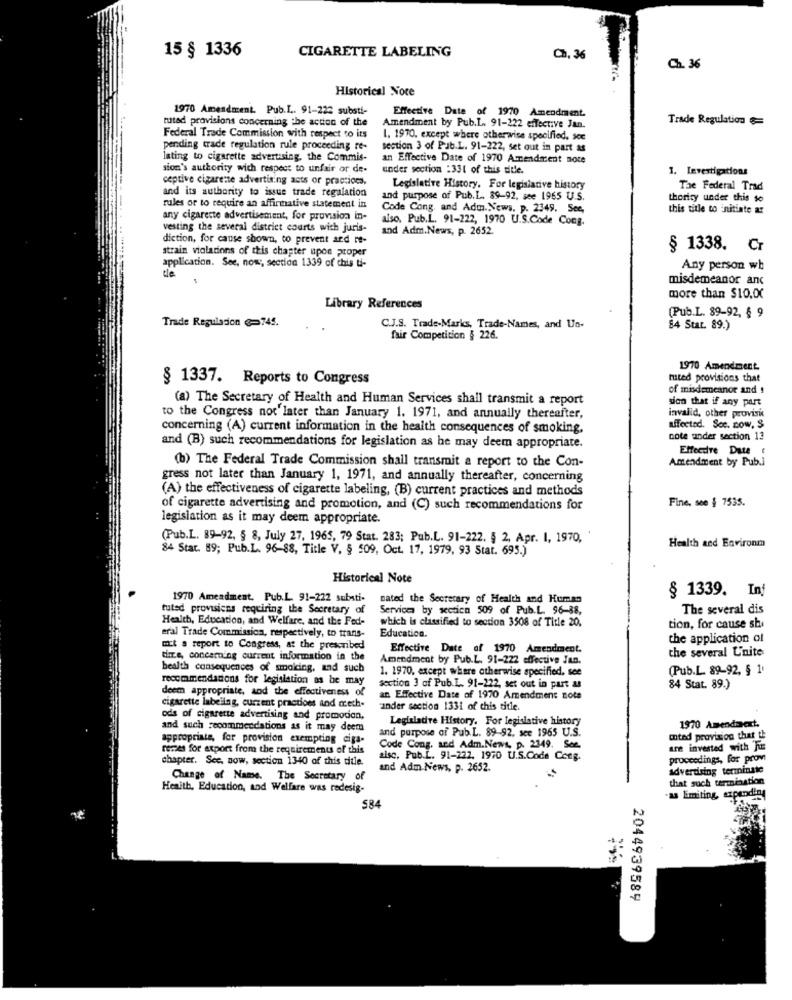
15 § 1336
CIGARETTE LABELING
Ch. 36
Ch. 36
Historical Nore
1970 Amendment. Pub.I .. 91-222 substi-
Effective Date of 1970 Amendment.
tutad provisions concerning the action of the
Trade Regulation&
Amendment by Pub.L. 91-222 effective Jan.
Federal Trade Commission with respect to its
1. 1970, except where otherwise specified, sce
pending trade regulation rule proceeding re-
section 3 of Pub.L. 91-222, set out in part as
lating to cigarette advertising, the Commis-
an Effective Date of 1970 Amendment Bote
sion's authority wich respect to unfair or de-
under section :331 of this ditle.
1. Investigations
ceptive cigarette advertising acts or practices.
and its authority to issue trade regulation
Legislative History. For legislative history
The Federal Trad
and purpose of Pub.L. 89-92, see 1965 U.S.
thority under this so
rules or to require an affirmative statement in
Code Cong, and Adm. News. p. 2349. See.
this title to initiate ar
any cigarette advertisement, for provision in-
also, Pub.L. 91-222, 1970 U.S.Code Cong.
vesting the several district courts with juris-
and Adm.News, p. 2652.
diction, for cause shown, to prevent and re-
strain violations of this chapter upon proper
§ 1338. Cr
application. See, now, section 1339 of chis Ui-
de
Any person wh
misdemeanor anc
more than $10,00
Library References
(Pub.L. 89-92, § 9
Trade Regulation @=745.
C.J.S. Trade-Marks, Trade-Names, and Un-
84 Stat. 89.)
fair Competition § 226.
1970 Amendment.
§ 1337. Reports to Congress
tuited provisions that
of misdemeanor and !
(a) The Secretary of Health and Human Services shall transmit a report
sion that if any part
to the Congress not'later than January 1. 1971, and annually thereafter,
invalid, other provisie
concerning (A) current information in the health consequences of smoking,
affected. Soc. now, $
cote under section 12
and (B) such recommendations for legislation as he may deem appropriate.
Effecdre Date (
(b) The Federal Trade Commission shall transmit a report to the Con-
Amendment by Pub.]
gress not later than January 1, 1971, and annually thereafter, concerning
(A) the effectiveness of cigarette labeling, (B) current practices and methods
Fine, see § 7535.
of cigarette advertising and promotion, and (C) such recommendations for
legislation as it may deem appropriate.
(Pub.L. 89-92, § 8, July 27, 1965, 79 Stat. 283; Pub.L. 91-222. § 2, Apr. 1, 1970, '
84 Star. 89; Pub.L. 96-88, Title V. § 509, Oct. 17, 1979, 93 Stat. 695.)
Health and Environm
Historical Note
1970 Amendment. Pub.L. 91-222 substi-
nated the Secretary of Health and Human
§ 1339. Inf
tuted provisions requiring the Secretary of
Services by section 509 of Pub.L. 96-38,
The several dis
Health, Education, and Welfare, and the Fed-
which is classified to section 3508 of Title 20,
Education.
tion, for cause she
eral Trade Commission, respectively, to trans-
the application of
mit a report to Congress, at the prescribed
Effective Date af 1970 Amendment.
the several U'nite
tize, concerning current information in the
Amendment by Pub.L. 91-222 effective Jan.
bealth consequences of smoking, and such
1. 1970, except where otherwise specified, see
(Pub.L. 89-92, § 1'
recommendations for legislation as be may
deem appropriate, and the effectiveness of
section 3 of Pub.L. 91-222, set out in part as
84 Stat. 89.)
an Effective Date of 1970 Amendment zote
cigarette labellag, current practices and mech-
rander section 1331 of this title.
ods of cigarette advertising and promocion,
Legislative History. For legisistive history
and such recommendations as it may deem
1970 Amendavext.
appropriate, for provision exempting ciga-
and purpose of Pub.L. 89-92, see 1965 U.S.
mted provision that th
renes for export from the requirements of this
Code Cong. sed Adm.News, p. 2349. See.
are invested with For
chapter. Sec. now, section 1340 of this title.
alsc, Pub.L. 91-222. 1970 U.S.Code Cong.
proceedings, for prov
and Adm News, p. 2652.
advertising terminate
Change of Name. The Secretary of
that such termination
Health, Education, and Welfare was redesig-
as Emiting, expanding
584
2044939589